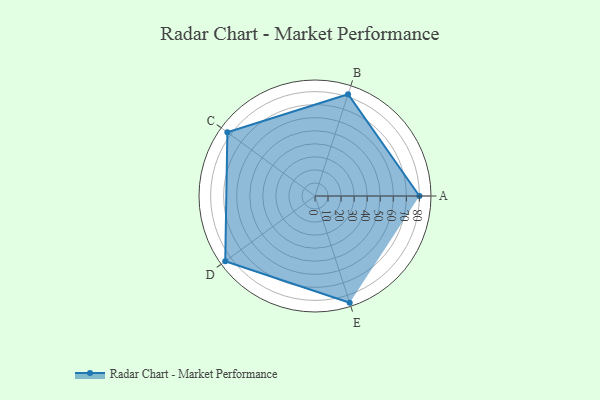
{"axis": {"x": "Skill", "y": "Score"}, "legend": ["Profile"], "data": [{"x": "A", "y": 80.0, "type": "Profile"}, {"x": "B", "y": 82.0, "type": "Profile"}, {"x": "C", "y": 83.0, "type": "Profile"}, {"x": "D", "y": 85.0, "type": "Profile"}, {"x": "E", "y": 86.0, "type": "Profile"}]}